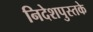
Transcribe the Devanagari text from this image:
निदेशपुस्तके